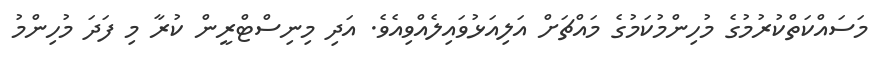
މަސައްކަތްކުރުމުގެ މުހިންމުކަމުގެ މައްޗަށް އަލިއަޅުވައިލެއްވިއެވެ. އަދި މިނިސްޓްރީން ކުރާ މި ފަދަ މުހިންމު